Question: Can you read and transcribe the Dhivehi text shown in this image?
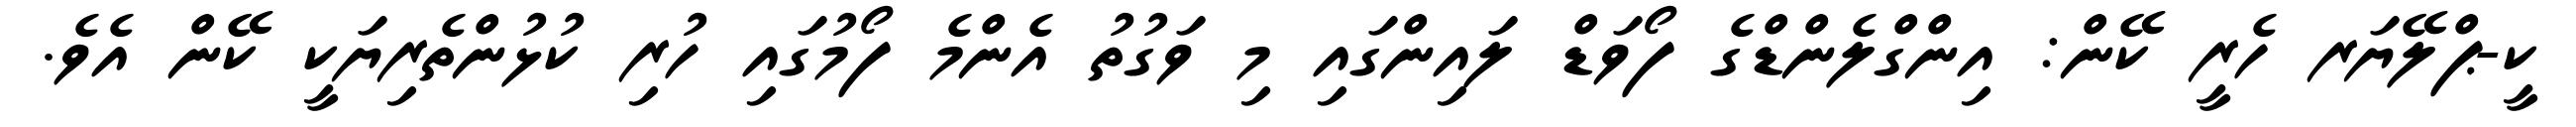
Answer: ކީ-ޕްލޭޔަރ ހެރީ ކޭން: އިންގްލެންޑްގެ ފޯވަޑް ލައިންގައި މި ވަގުތު އެންމެ ފޯމުގައި ހުރި ކުޅުންތެރިޔަކީ ކޭން އެވެ.